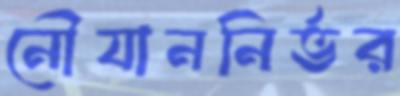
নৌযাননির্ভর